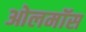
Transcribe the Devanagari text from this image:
ओलमॉस